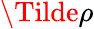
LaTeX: \Tilde{\rho}